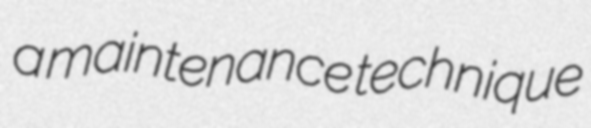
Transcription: a maintenance technique